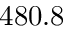
4 8 0 . 8